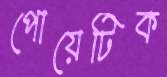
পোয়েটিক